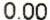
0.00